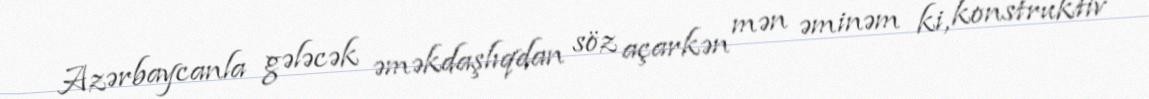
Azərbaycanla gələcək əməkdaşlıqdan söz açarkən mən əminəm ki, konstruktiv